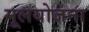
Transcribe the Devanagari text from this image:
मूलयोजना